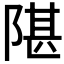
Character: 𬯋